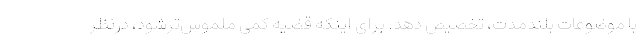
با موضوعات بلندمدت، تخصیص دهد. برای اینکه قضیه کمی ملموس‌ترشود، درنظر